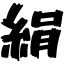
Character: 絹